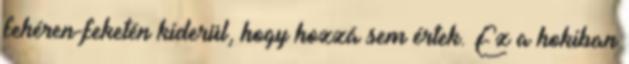
fehéren-feketén kiderül, hogy hozzá sem értek. Ez a hokiban